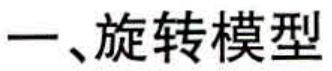
一、旋转模型